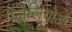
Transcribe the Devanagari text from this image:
गॅलेलियोओ